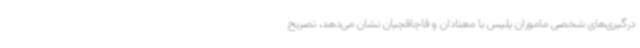
درگیری‌های شخصی ماموران پلیس با معتادان و قاچاقچیان نشان می‌دهد، تصریح